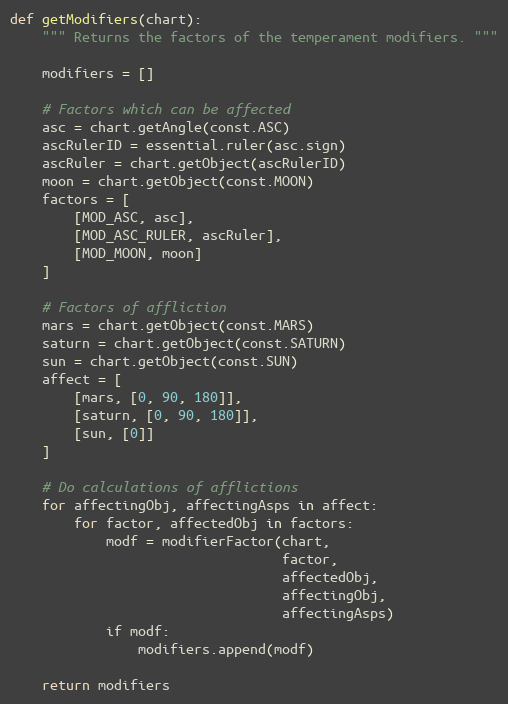
Language: Python
def getModifiers(chart):
    """ Returns the factors of the temperament modifiers. """

    modifiers = []

    # Factors which can be affected
    asc = chart.getAngle(const.ASC)
    ascRulerID = essential.ruler(asc.sign)
    ascRuler = chart.getObject(ascRulerID)
    moon = chart.getObject(const.MOON)
    factors = [
        [MOD_ASC, asc],
        [MOD_ASC_RULER, ascRuler],
        [MOD_MOON, moon]
    ]

    # Factors of affliction
    mars = chart.getObject(const.MARS)
    saturn = chart.getObject(const.SATURN)
    sun = chart.getObject(const.SUN)
    affect = [
        [mars, [0, 90, 180]],
        [saturn, [0, 90, 180]],
        [sun, [0]]
    ]

    # Do calculations of afflictions
    for affectingObj, affectingAsps in affect:
        for factor, affectedObj in factors:
            modf = modifierFactor(chart,
                                  factor,
                                  affectedObj,
                                  affectingObj,
                                  affectingAsps)
            if modf:
                modifiers.append(modf)

    return modifiers